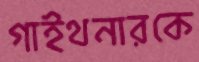
গাইথনারকে